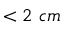
< 2 ~ c m